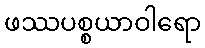
ဖဿပစ္စယာဝါရော